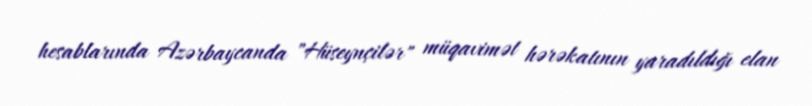
hesablarında Azərbaycanda "Hüseynçilər" müqavimət hərəkatının yaradıldığı elan